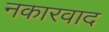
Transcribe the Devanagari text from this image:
नकारवाद